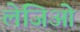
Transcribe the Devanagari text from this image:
लेजिओ